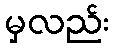
မှလည်း